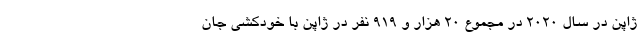
ژاپن در سال ۲۰۲۰ در مجموع ۲۰ هزار و ۹۱۹ نفر در ژاپن با خودکشی جان